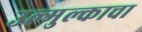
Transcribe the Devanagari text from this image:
उल्मुल्काचा